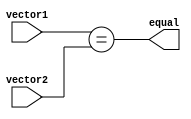
module parallel_comparator (
    input [7:0] vector1,
    input [7:0] vector2,
    output equal
);

assign equal = (vector1 == vector2);

endmodule